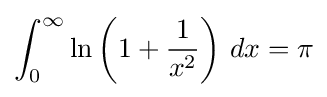
\int _{0}^{\infty }\ln \left(1+{\frac {1}{x^{2}}}\right)\,dx=\pi